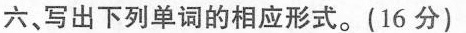
六、写出下列单词的相应形式.(16 分)